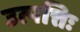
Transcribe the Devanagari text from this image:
उत्पत्तिः